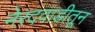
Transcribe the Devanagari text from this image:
नेरदवाडीतून